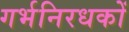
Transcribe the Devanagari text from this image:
गर्भनिरधकों